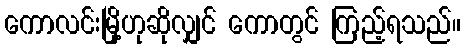
ကောလင်းမြို့ဟုဆိုလျှင် ကောတွင် ကြည့်ရသည်။